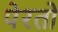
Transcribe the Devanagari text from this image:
पेरतो